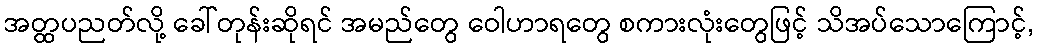
အတ္ထပညတ်လို့ ခေါ်တုန်းဆိုရင် အမည်တွေ ဝေါဟာရတွေ စကားလုံးတွေဖြင့် သိအပ်သောကြောင့်,